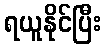
ရယူနိုင်ပြီး